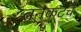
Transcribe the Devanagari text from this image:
तनकटचे